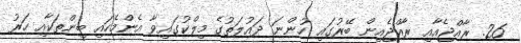
26. ރާއްޖެއާއި ރާއްޖެއިން ބޭރުގައި ހުންނަ ދައުލަތުގެ މިލްކުގައިވާ އެންމެހައި ބިންތަކާއި ހަރު